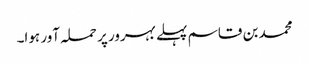
محمد بن قاسم پہلے بہرور پر حملہ آور ہوا۔